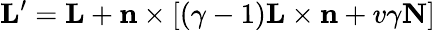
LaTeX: \mathbf{L}^{\prime}=\mathbf{L}+\mathbf{n}\times\left[(\gamma-1)\mathbf{L}\times\mathbf{n}+v\gamma\mathbf{N}\right]